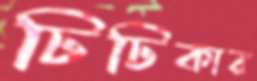
ঢিঢিকার